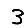
Digit: 3